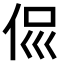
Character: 𠈉